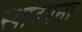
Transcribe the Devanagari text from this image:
स्थादपना